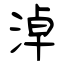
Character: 淖